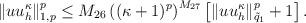
LaTeX: \begin{align*} &\|uu_h^{\kappa}\|_{1,p}^p \leq M_{26}\left((\kappa+1)^p\right)^{M_{27}} \left[\|uu_h^{\kappa}\|_{\tilde{q}_1}^p+1\right]. \end{align*}